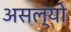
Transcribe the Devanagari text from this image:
असल्याे